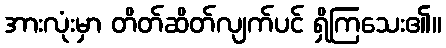
အားလုံးမှာ တိတ်ဆိတ်လျက်ပင် ရှိကြသေး၏။